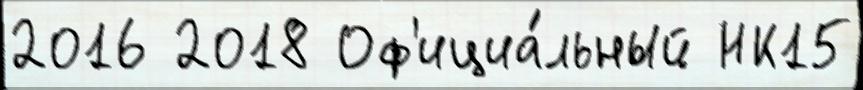
2016 2018 Оф'ициа́льный НК15